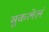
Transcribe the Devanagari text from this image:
सुकलेलं